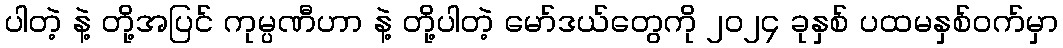
ပါတဲ့ နဲ့ တို့အပြင် ကုမ္ပဏီဟာ နဲ့ တို့ပါတဲ့ မော်ဒယ်တွေကို ၂၀၂၄ ခုနှစ် ပထမနှစ်ဝက်မှာ